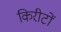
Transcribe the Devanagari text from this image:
किरीटों